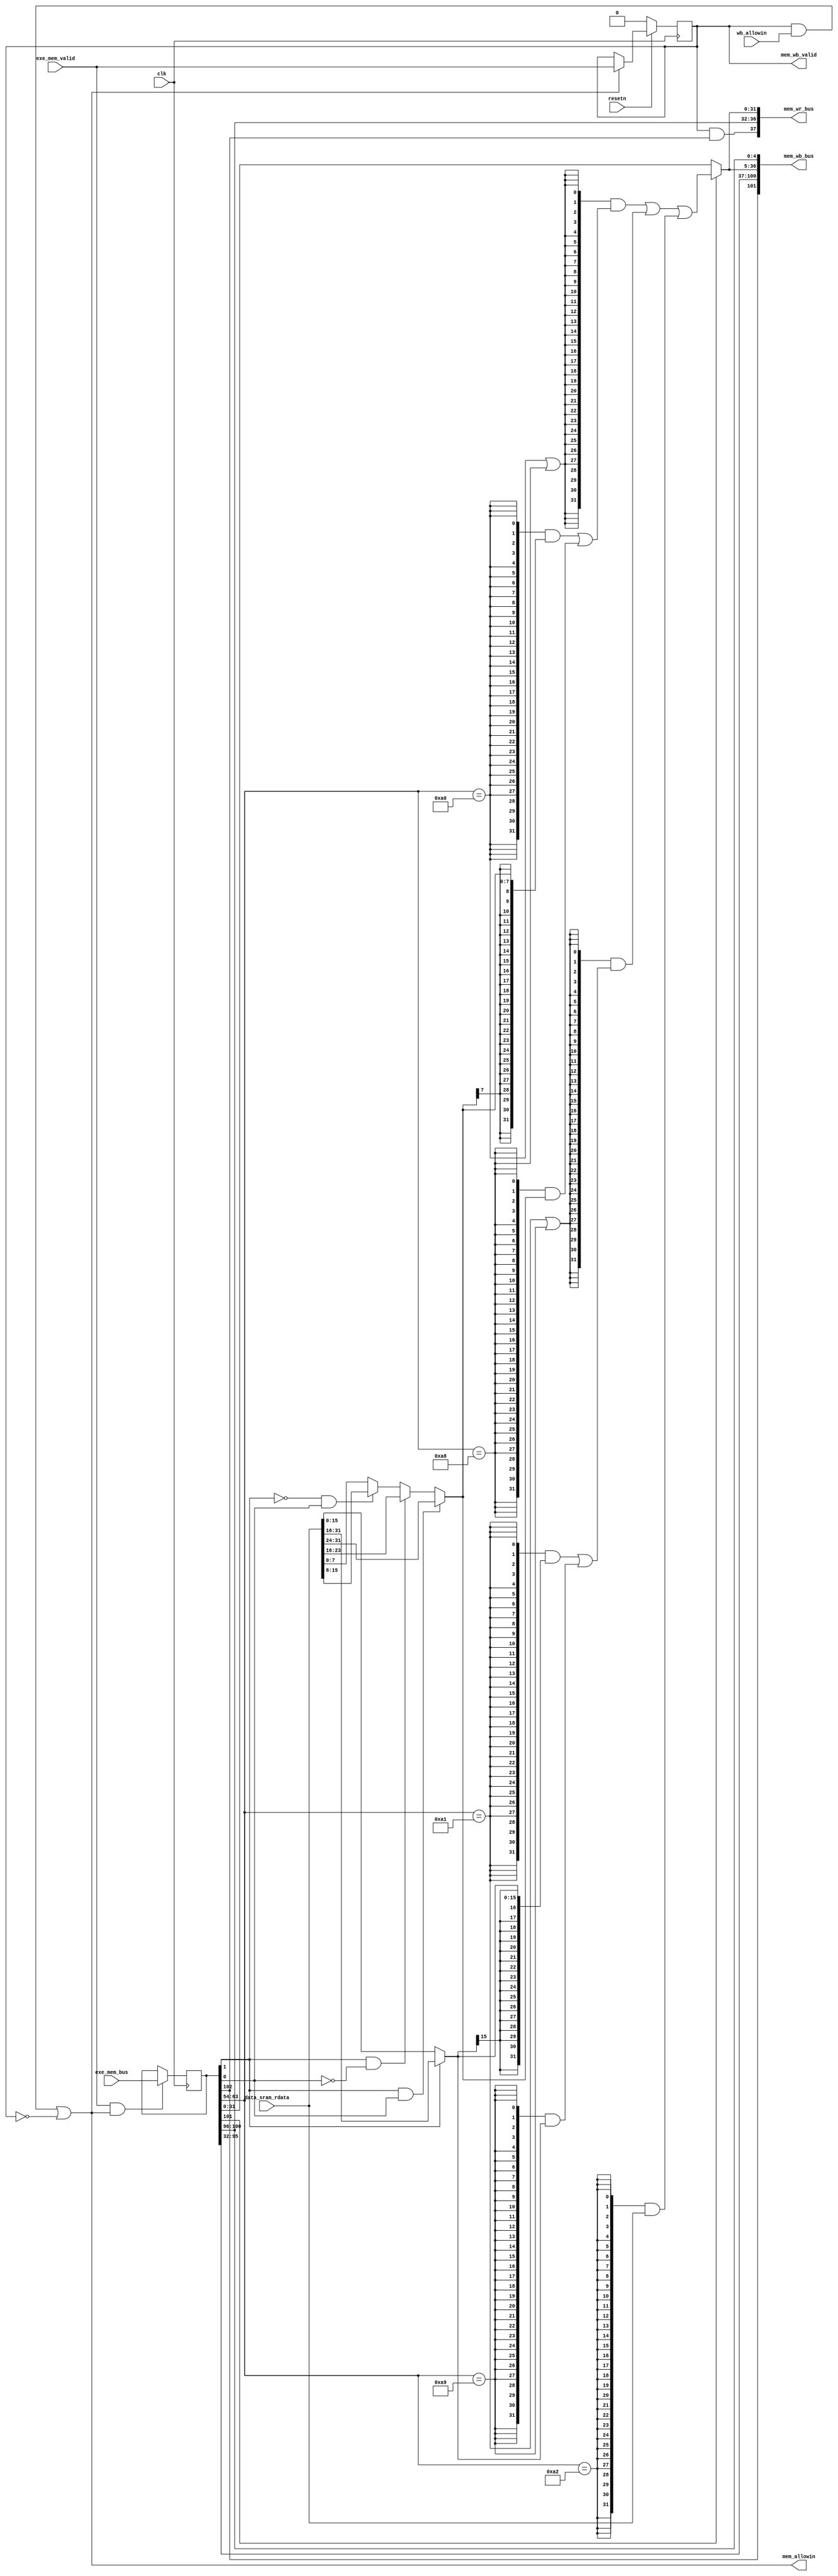
//
module MEM (
    input           clk,
    input           resetn,
    //EXE
    output          mem_allowin,
    input           exe_mem_valid,
    input   [102:0] exe_mem_bus,
    //WB
    output          mem_wb_valid,
    input           wb_allowin,
    output  [101:0] mem_wb_bus,
    //
    input   [ 31:0] data_sram_rdata,
    //
    output  [ 37:0] mem_wr_bus
);
    //
    reg             mem_valid;
    wire            mem_ready_go;
    wire    [ 31:0] mem_pc;
    wire    [ 31:0] mem_inst;
    reg     [102:0] exe_mem_bus_vld;
    wire            mem_gr_we;
    wire            res_from_mem;
    wire    [  4:0] mem_dest;
    wire    [ 31:0] alu_result;
    wire    [ 31:0] mem_final_result;
    wire            mem_en_bypass;
    wire    [ 31:0] mem_ld_result;

    //load
    assign inst_ld_b = mem_inst[31:22] == 10'b0010100000;
    assign inst_ld_h = mem_inst[31:22] == 10'b0010100001;
    assign inst_ld_bu = mem_inst[31:22] == 10'b0010101000;
    assign inst_ld_hu = mem_inst[31:22] == 10'b0010101001;
    assign inst_ld_w = mem_inst[31:22] == 10'b0010100010;

    assign  mem_ready_go = 1'b1;
    assign  mem_wb_valid = mem_ready_go & mem_valid;
    assign  mem_allowin = mem_wb_valid & wb_allowin | ~mem_valid;
    always @(posedge clk ) begin
        if (~resetn) begin
            mem_valid <= 1'b0;
        end
        else if(mem_allowin) begin
            mem_valid <= exe_mem_valid;
        end
    end
    always @(posedge clk ) begin
        if (exe_mem_valid & mem_allowin) begin
            exe_mem_bus_vld <= exe_mem_bus;
        end
    end
    assign {
        mem_gr_we, res_from_mem, mem_dest,
        mem_pc, mem_inst, alu_result
    } = exe_mem_bus_vld;

    //load
    wire    [ 1:0]  vaddr;
    wire    [31:0]  word;
    wire    [15:0]  half;
    wire    [ 7:0]  byte;
    wire    [31:0]  half_xtnd;
    wire    [31:0]  byte_xtnd;
    
    assign  vaddr = alu_result[1:0];
    assign  word  = data_sram_rdata;
    assign  half  = vaddr[1] ? word[31:16] : word[15:0];
    assign  byte  = vaddr[1] & vaddr[0] ? word[31:24] :
                    vaddr[1] &~vaddr[0] ? word[23:16] :
                   ~vaddr[1] & vaddr[0] ? word[15: 8] :
                                          word[ 7: 0] ;
    assign  half_xtnd = {32{inst_ld_h}} & {{16{half[15]}}, half} | {32{inst_ld_hu}} & {16'b0, half};
    assign  byte_xtnd = {32{inst_ld_b}} & {{24{byte[ 7]}}, byte} | {32{inst_ld_bu}} & {24'b0, byte};

    assign  mem_ld_result = {32{inst_ld_b | inst_ld_bu}} & byte_xtnd |
                            {32{inst_ld_h | inst_ld_hu}} & half_xtnd |
                            {32{inst_ld_w             }} & word      ;

    assign  mem_final_result = res_from_mem ? mem_ld_result : alu_result;
    assign  mem_wb_bus = {
        mem_gr_we, mem_pc, mem_inst, mem_final_result, mem_dest
    };
    //
    assign  mem_en_bypass = mem_valid & mem_gr_we;
    assign  mem_wr_bus = {
        mem_en_bypass, mem_dest, mem_final_result
    };
endmodule